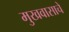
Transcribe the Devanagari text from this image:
मुखवासाचे